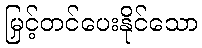
မြှင့်တင်ပေးနိုင်သော